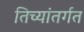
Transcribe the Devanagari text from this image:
तिच्यांतर्गत